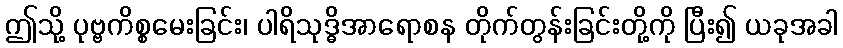
ဤသို့ ပုဗ္ဗကိစ္စမေးခြင်း၊ ပါရိသုဒ္ဓိအာရောစန တိုက်တွန်းခြင်းတို့ကို ပြီး၍ ယခုအခါ